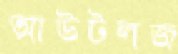
আউটলজ